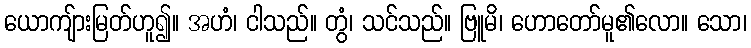
ယောကျ်ားမြတ်ဟူ၍။ အဟံ၊ ငါသည်။ တွံ၊ သင်သည်။ ဗြူမိ၊ ဟောတော်မူ၏လော။ သော၊